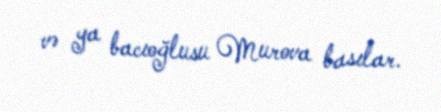
və ya bacıoğlusu Murova basılar.